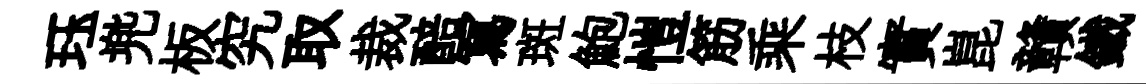
珏兠板究取裁醅冩斑鮑愷筋乘枝實崑贛鐵